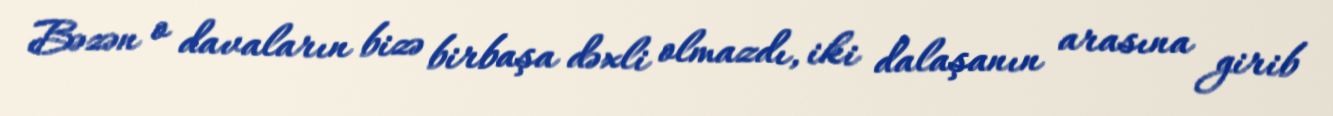
Bəzən o davaların bizə birbaşa dəxli olmazdı, iki dalaşanın arasına girib